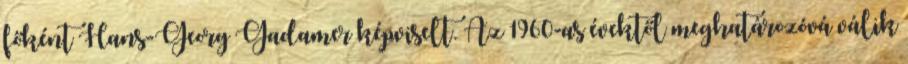
főként Hans-Georg Gadamer képviselt. Az 1960-as évektől meghatározóvá válik